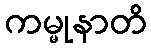
ကမ္မုနာတိ